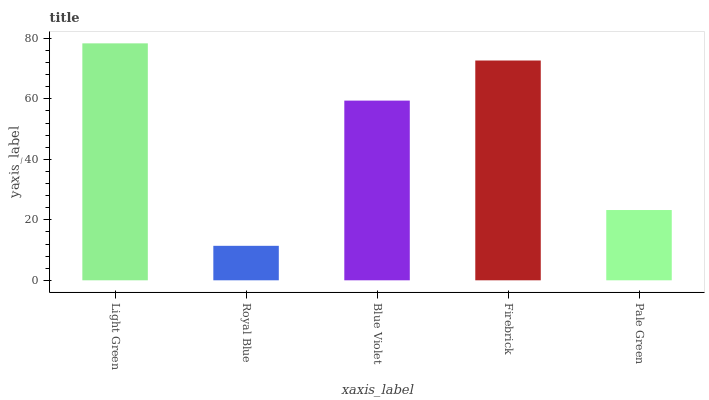
| xaxis_label | bars |
 | --- | --- |
 | Light Green | 78.4 |
 | Royal Blue | 11.4 |
 | Blue Violet | 59.4 |
 | Firebrick | 72.7 |
 | Pale Green | 23.2 |